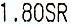
1.80SR